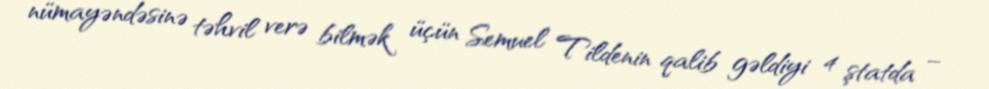
nümayəndəsinə təhvil verə bilmək üçün Semuel Tildenin qalib gəldiyi 4 ştatda –